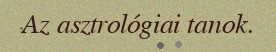
Az asztrológiai tanok.